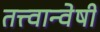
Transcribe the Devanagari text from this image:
तत्त्वान्वेषी